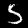
Label: 5